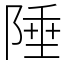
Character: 陲